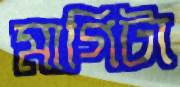
মাগিটা